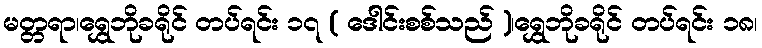
မတ္တရာ၊ရွှေဘိုခရိုင် တပ်ရင်း ၁၇ ( ဒေါင်းစစ်သည် )၊ရွှေဘိုခရိုင် တပ်ရင်း ၁၈၊